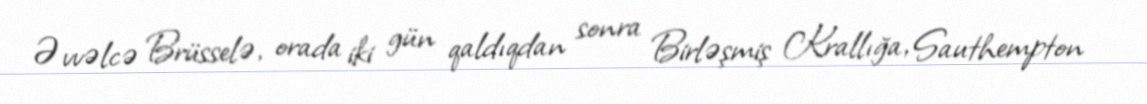
Əvvəlcə Brüsselə, orada iki gün qaldıqdan sonra Birləşmiş Krallığa, Sauthempton